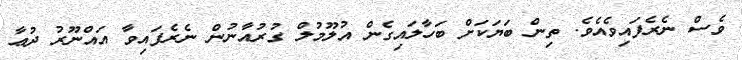
ވެސް ނެރެފައިވެއެވެ. ތިން ބަޔަކަށް ބަހާލައިގެން އުލޫމުލް ގުރުއާނުން ނެރެފައިވާ އައްނޫރު ދުޢާ